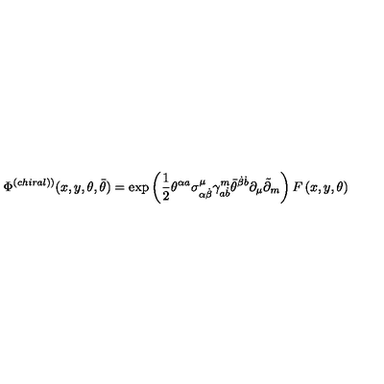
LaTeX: \Phi ^ { \left( c h i r a l ) \right) } ( x , y , \theta , \bar { \theta } ) = \exp \left( \frac 1 2 \theta ^ { \alpha a } \sigma _ { \alpha \dot { \beta } } ^ { \mu } \gamma _ { a \dot { b } } ^ { m } \bar { \theta } ^ { \dot { \beta } \dot { b } } \partial _ { \mu } \tilde { \partial } _ { m } \right) F \left( x , y , \theta \right)